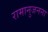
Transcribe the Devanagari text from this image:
रामानुजनना